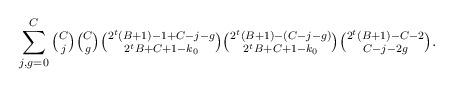
LaTeX: \begin{align*}\sum_{j,g=0}^C\tbinom Cj\tbinom Cg\tbinom{2^t(B+1)-1+C-j-g}{2^tB+C+1-k_0}\tbinom{2^t(B+1)-(C-j-g)}{2^tB+C+1-k_0}\tbinom{2^t(B+1)-C-2}{C-j-2g}.\end{align*}